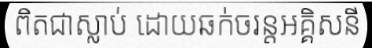
ពិតជាស្លាប់ ដោយឆក់ចរន្តអគ្គិសនី